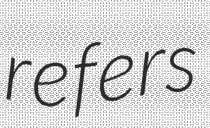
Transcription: refers